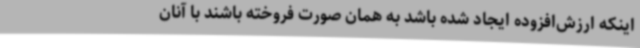
اینکه ارزش‌افزوده ایجاد شده باشد به همان صورت فروخته باشند با آنان